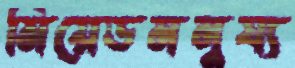
মিয়েডমনুষ্য